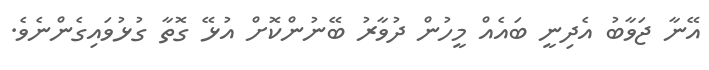
އޭނާ ޖަވާބު އެދިނީ ބައެއް މީހުން ދުވާރު ބޭނުންކޮށް އުޅޭ ގޮތާ ގުޅުވައިގެންނެވެ.